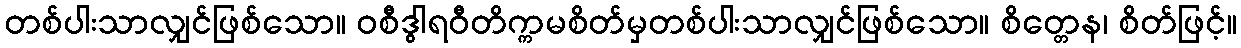
တစ်ပါးသာလျှင်ဖြစ်သော။ ဝစီဒွါရဝီတိက္ကမစိတ်မှတစ်ပါးသာလျှင်ဖြစ်သော။ စိတ္တေန၊ စိတ်ဖြင့်။